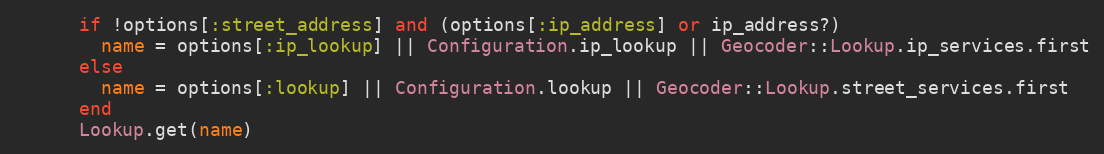
Language: Ruby
      if !options[:street_address] and (options[:ip_address] or ip_address?)
        name = options[:ip_lookup] || Configuration.ip_lookup || Geocoder::Lookup.ip_services.first
      else
        name = options[:lookup] || Configuration.lookup || Geocoder::Lookup.street_services.first
      end
      Lookup.get(name)